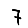
Digit: 7